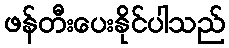
ဖန်တီးပေးနိုင်ပါသည်